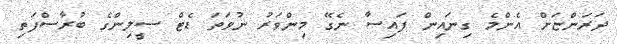
ދަރަންޏަށް އެންމެ ގިނައިން ފައިސާ ނެގޭ މިންވަރު ނުވަތަ ޑެޓް ސީލިންގެ ބުރާސްފަތި